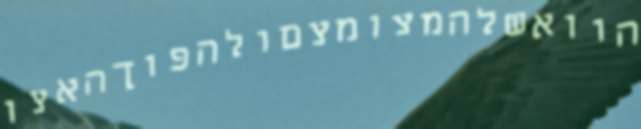
הוואשלהמצומצםולהפוךהאצו